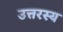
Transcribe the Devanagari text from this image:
उत्तरस्य